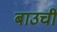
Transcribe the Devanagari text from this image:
बाउची